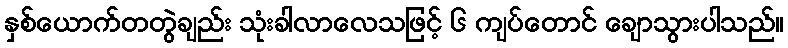
နှစ်ယောက်တတွဲချည်း သုံးခါလာလေသဖြင့် ၆ ကျပ်တောင် ချောသွားပါသည်။